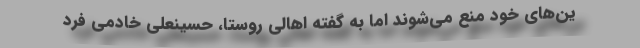
ین‌های خود منع می‌شوند اما به گفته اهالی روستا، حسینعلی خادمی فرد